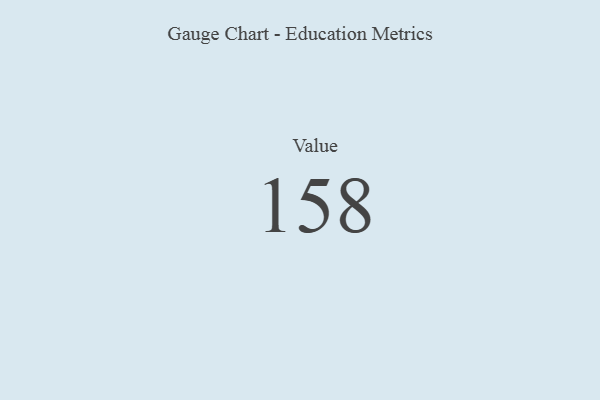
{"axis": {"x": "Metric", "y": "Value"}, "legend": [""], "data": [{"x": "Value", "y": 158, "type": ""}]}